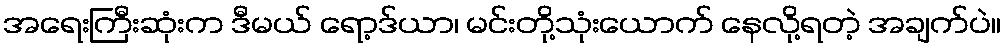
အရေးကြီးဆုံးက ဒီမယ် ရော့ဒ်ယာ၊ မင်းတို့သုံးယောက် နေလို့ရတဲ့ အချက်ပဲ။